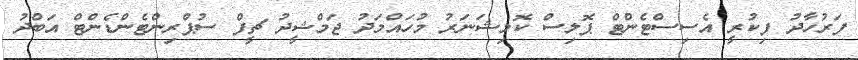
ފަރުހާދު ފިކުރީ އެސިސްޓެންޓް ޕޮލިސް ކޮމިޝަނަރު މުހައްމަދު ޖަމްޝީދު ޗީފް ސުޕްރިންޓެންޑެންޓް އަބްދު